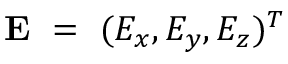
\mathbf { E } ~ = ~ ( E _ { x } , E _ { y } , E _ { z } ) ^ { T }